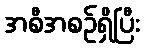
အစီအစဉ်ရှိပြီး